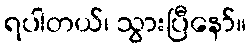
ရပါတယ်၊ သွားပြီနော်။